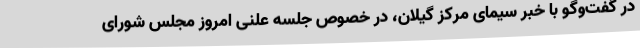
در گفت‌وگو با خبر سیمای مرکز گیلان، در خصوص جلسه علنی امروز مجلس شورای